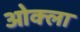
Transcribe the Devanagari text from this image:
ओक्ला